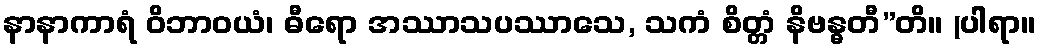
နာနာကာရံ ဝိဘာဝယံ၊ ဓီရော အဿာသပဿာသေ, သကံ စိတ္တံ နိဗန္ဓတီ”တိ။ (ပါရာ။